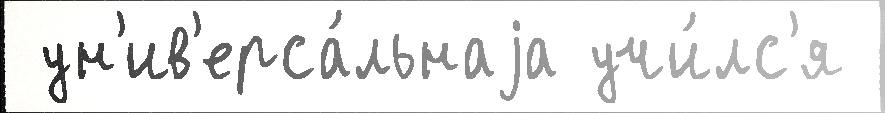
 ун'ив'ерса́льнаjа учи́лс'я